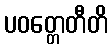
ပဝတ္တေတီတိ